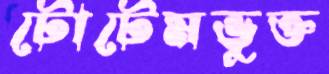
টোটেমভুক্ত